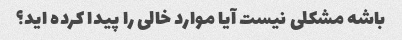
باشه مشکلی نیست آیا موارد خالی را پیدا کرده اید؟